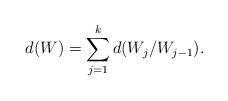
LaTeX: \begin{align*} d(W) = \sum_{j=1}^k d(W_j/W_{j-1}).\end{align*}